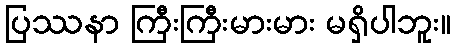
ပြဿနာ ကြီးကြီးမားမား မရှိပါဘူး။